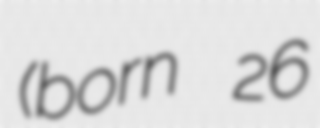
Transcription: (born 26